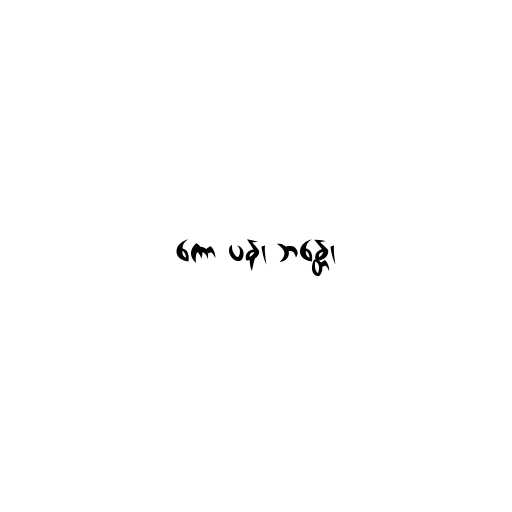
ကော ပန၊ ဘန္တေ၊